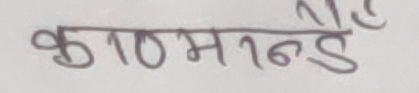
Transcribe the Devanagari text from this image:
काठमान्डै